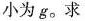
小为g。求